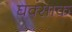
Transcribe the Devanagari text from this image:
घक्साक